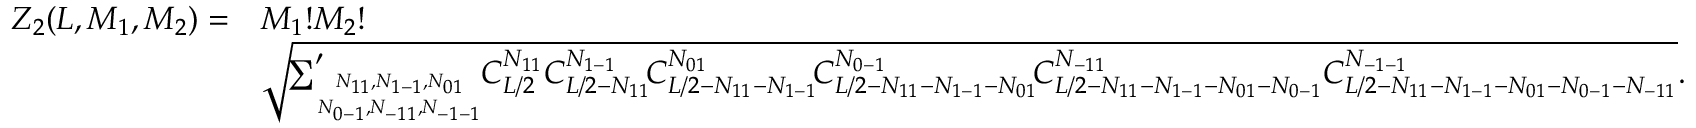
\begin{array} { r l } { Z _ { 2 } ( L , M _ { 1 } , M _ { 2 } ) = } & { M _ { 1 } ! M _ { 2 } ! } \\ & { \sqrt { \! { \sum } _ { N _ { 1 1 } , N _ { 1 - 1 } , N _ { 0 1 } \atop N _ { 0 - 1 } , N _ { - 1 1 } , N _ { - 1 - 1 } } ^ { \prime } \! C _ { L / 2 } ^ { N _ { 1 1 } } C _ { L / 2 - N _ { 1 1 } } ^ { N _ { 1 - 1 } } \! C _ { L / 2 - N _ { 1 1 } - N _ { 1 - 1 } } ^ { N _ { 0 1 } } \! C _ { L / 2 - N _ { 1 1 } - N _ { 1 - 1 } - N _ { 0 1 } } ^ { N _ { 0 - 1 } } \! C _ { L / 2 - N _ { 1 1 } - N _ { 1 - 1 } - N _ { 0 1 } - N _ { 0 - 1 } } ^ { N _ { - 1 1 } } C _ { L / 2 - N _ { 1 1 } - N _ { 1 - 1 } - N _ { 0 1 } - N _ { 0 - 1 } - N _ { - 1 1 } } ^ { N _ { - 1 - 1 } } } . } \end{array}